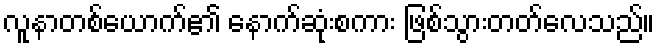
လူနာတစ်ယောက်၏ နောက်ဆုံးစကား ဖြစ်သွားတတ်လေသည်။